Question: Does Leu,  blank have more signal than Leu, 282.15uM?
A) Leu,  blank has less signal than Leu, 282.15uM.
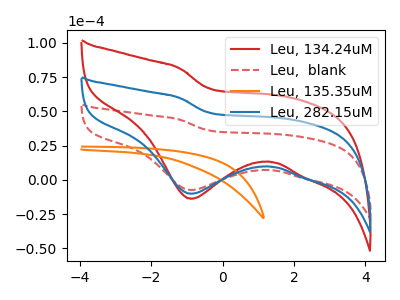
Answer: <think>The red curve "Leu, 134.24uM" has a cathodic peak at: (-0.90V, -20.30uA). The red dashed curve "Leu,  blank" has a cathodic peak at: (-0.90V, -7.45uA). The orange curve "Leu, 135.35uM" has no peaks. The blue curve "Leu, 282.15uM" has a cathodic peak at: (-0.90V, -10.15uA).
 All the peaks in "Leu,  blank" have a peak in "Leu, 282.15uM" at the same potential. Every peak in "Leu,  blank" is lower than every peak in "Leu, 282.15uM".</think>
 <answer>A) "Leu,  blank" has less signal than "Leu, 282.15uM".</answer>
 <eval>A</eval>